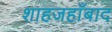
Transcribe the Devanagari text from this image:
शाहजहाँबाद